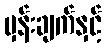
မှန်းချက်နှင့်